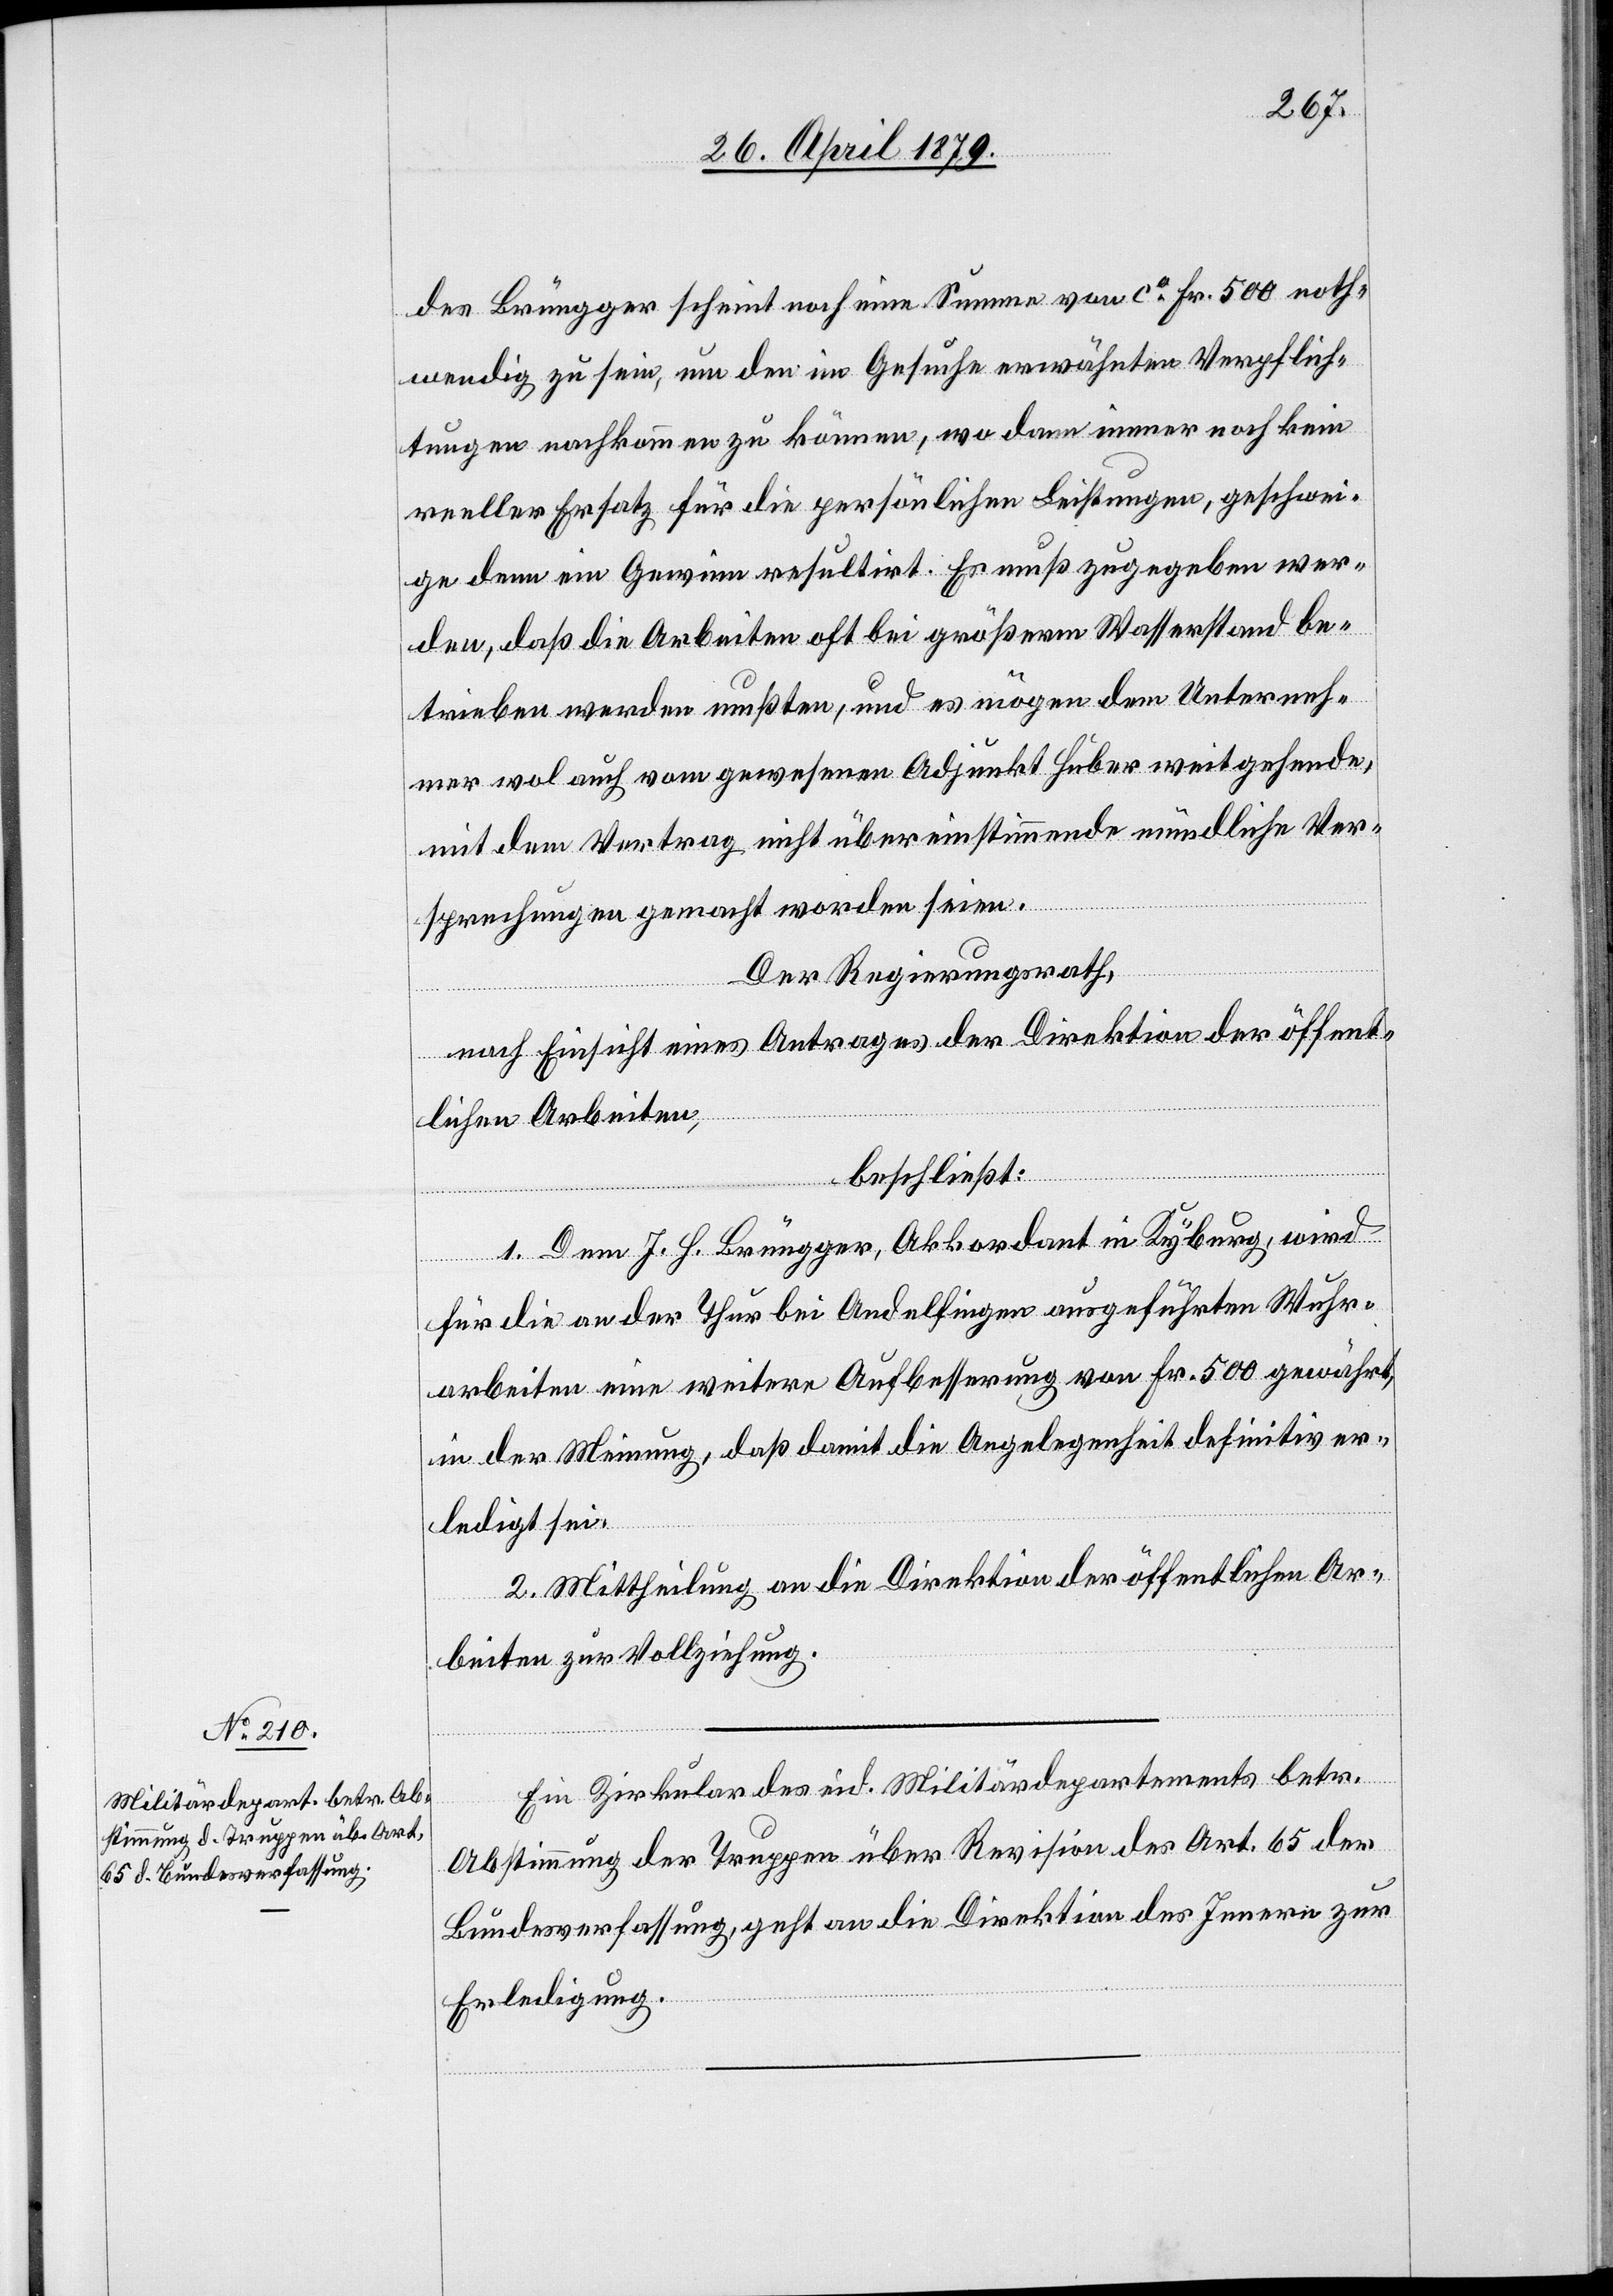
30. April 1879.]
des Brüngger scheint noch eine Summe von ca Fr. 500 noth¬
wendig zu sein, um den im Gesuche erwähnten Verpflich¬
tungen nachkommen zu können, wo dann immer noch kein
reeller Ersatz für die persönlichen Leistungen, geschwei¬
ge denn ein Gewinn resultirt. Es muß zugegeben wer¬
den, daß die Arbeiten oft bei größerm Wasserstand be¬
trieben werden mußten, und es mögen dem Unterneh¬
mer wol auch vom gewesenen Adjunkt Huber weitgehende,
mit dem Vertrag nicht übereinstimmende mündliche Ver¬
fügungen.
sprechungen gemacht worden seien
Der Regierungsrath,
nach Einsicht eines Antrages der Direktion der öffent¬
lichen Arbeiten,
l-Ver¬
beschließt:
1. Dem J. H. Brüngger, Akkordant in Kyburg, wird
für die an der Thur bei Andelfingen ausgeführten Wuhr¬
arbeiten eine weitere Aufbesserung von Fr. 500 gewährt,
in der Meinung, daß damit die Angelegenheit definitiv er¬
ledigt sei.
2. Mittheilung an die Direktion der öffentlichen Ar¬
beiten zur Vollziehung.
Ein Zirkular des eid. Militärdepartements betr.
Abstimmung der Truppen über Revision des Art. 65 der
Bundesverfassung, geht an die Direktion des Innern zur
Erledigung.